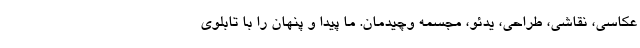
عکاسی، نقاشی، طراحی، یدئو، مجسمه وچیدمان. ما پیدا و پنهان را با تابلوی